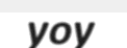
yoy